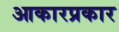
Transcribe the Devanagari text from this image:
आकारप्रकार